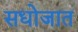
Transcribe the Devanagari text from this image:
सधोजात